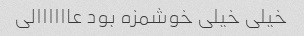
خیلی خیلی خوشمزه بود عاااااالی